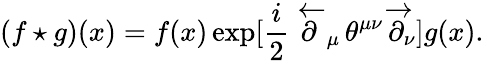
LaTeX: (f\star g)(x)=f(x)\exp[\frac{i}{2}\, \overleftarrow{\partial}_{\mu}\, \theta^{\mu\nu}\, \overrightarrow{\partial}_{\nu}]g(x).